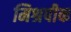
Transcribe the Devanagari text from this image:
मिश्रपीक